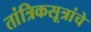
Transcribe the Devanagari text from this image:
तांत्रिकसूत्रांचे